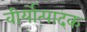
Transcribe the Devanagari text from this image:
वीर्योत्पादक